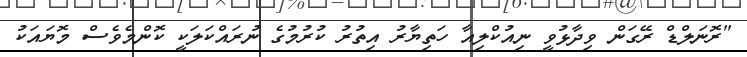
"ރޮނަލްޑް ރޭގަން ވިދާޅުވީ ނިއުކްލިއާ ހަތިޔާރު އިތުރު ކުރުމުގެ ނުރައްކަލަކީ ކޮންމެވެސް މޮޔައަކު